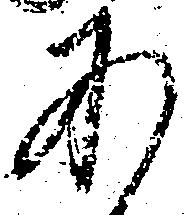
あ